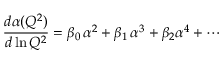
{ \frac { d \alpha ( Q ^ { 2 } ) } { d \ln Q ^ { 2 } } } = \beta _ { 0 } \, \alpha ^ { 2 } + \beta _ { 1 } \, \alpha ^ { 3 } + \beta _ { 2 } \alpha ^ { 4 } + \cdots